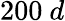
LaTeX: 200\ d